Trukikaitis_Postimees, lk 23
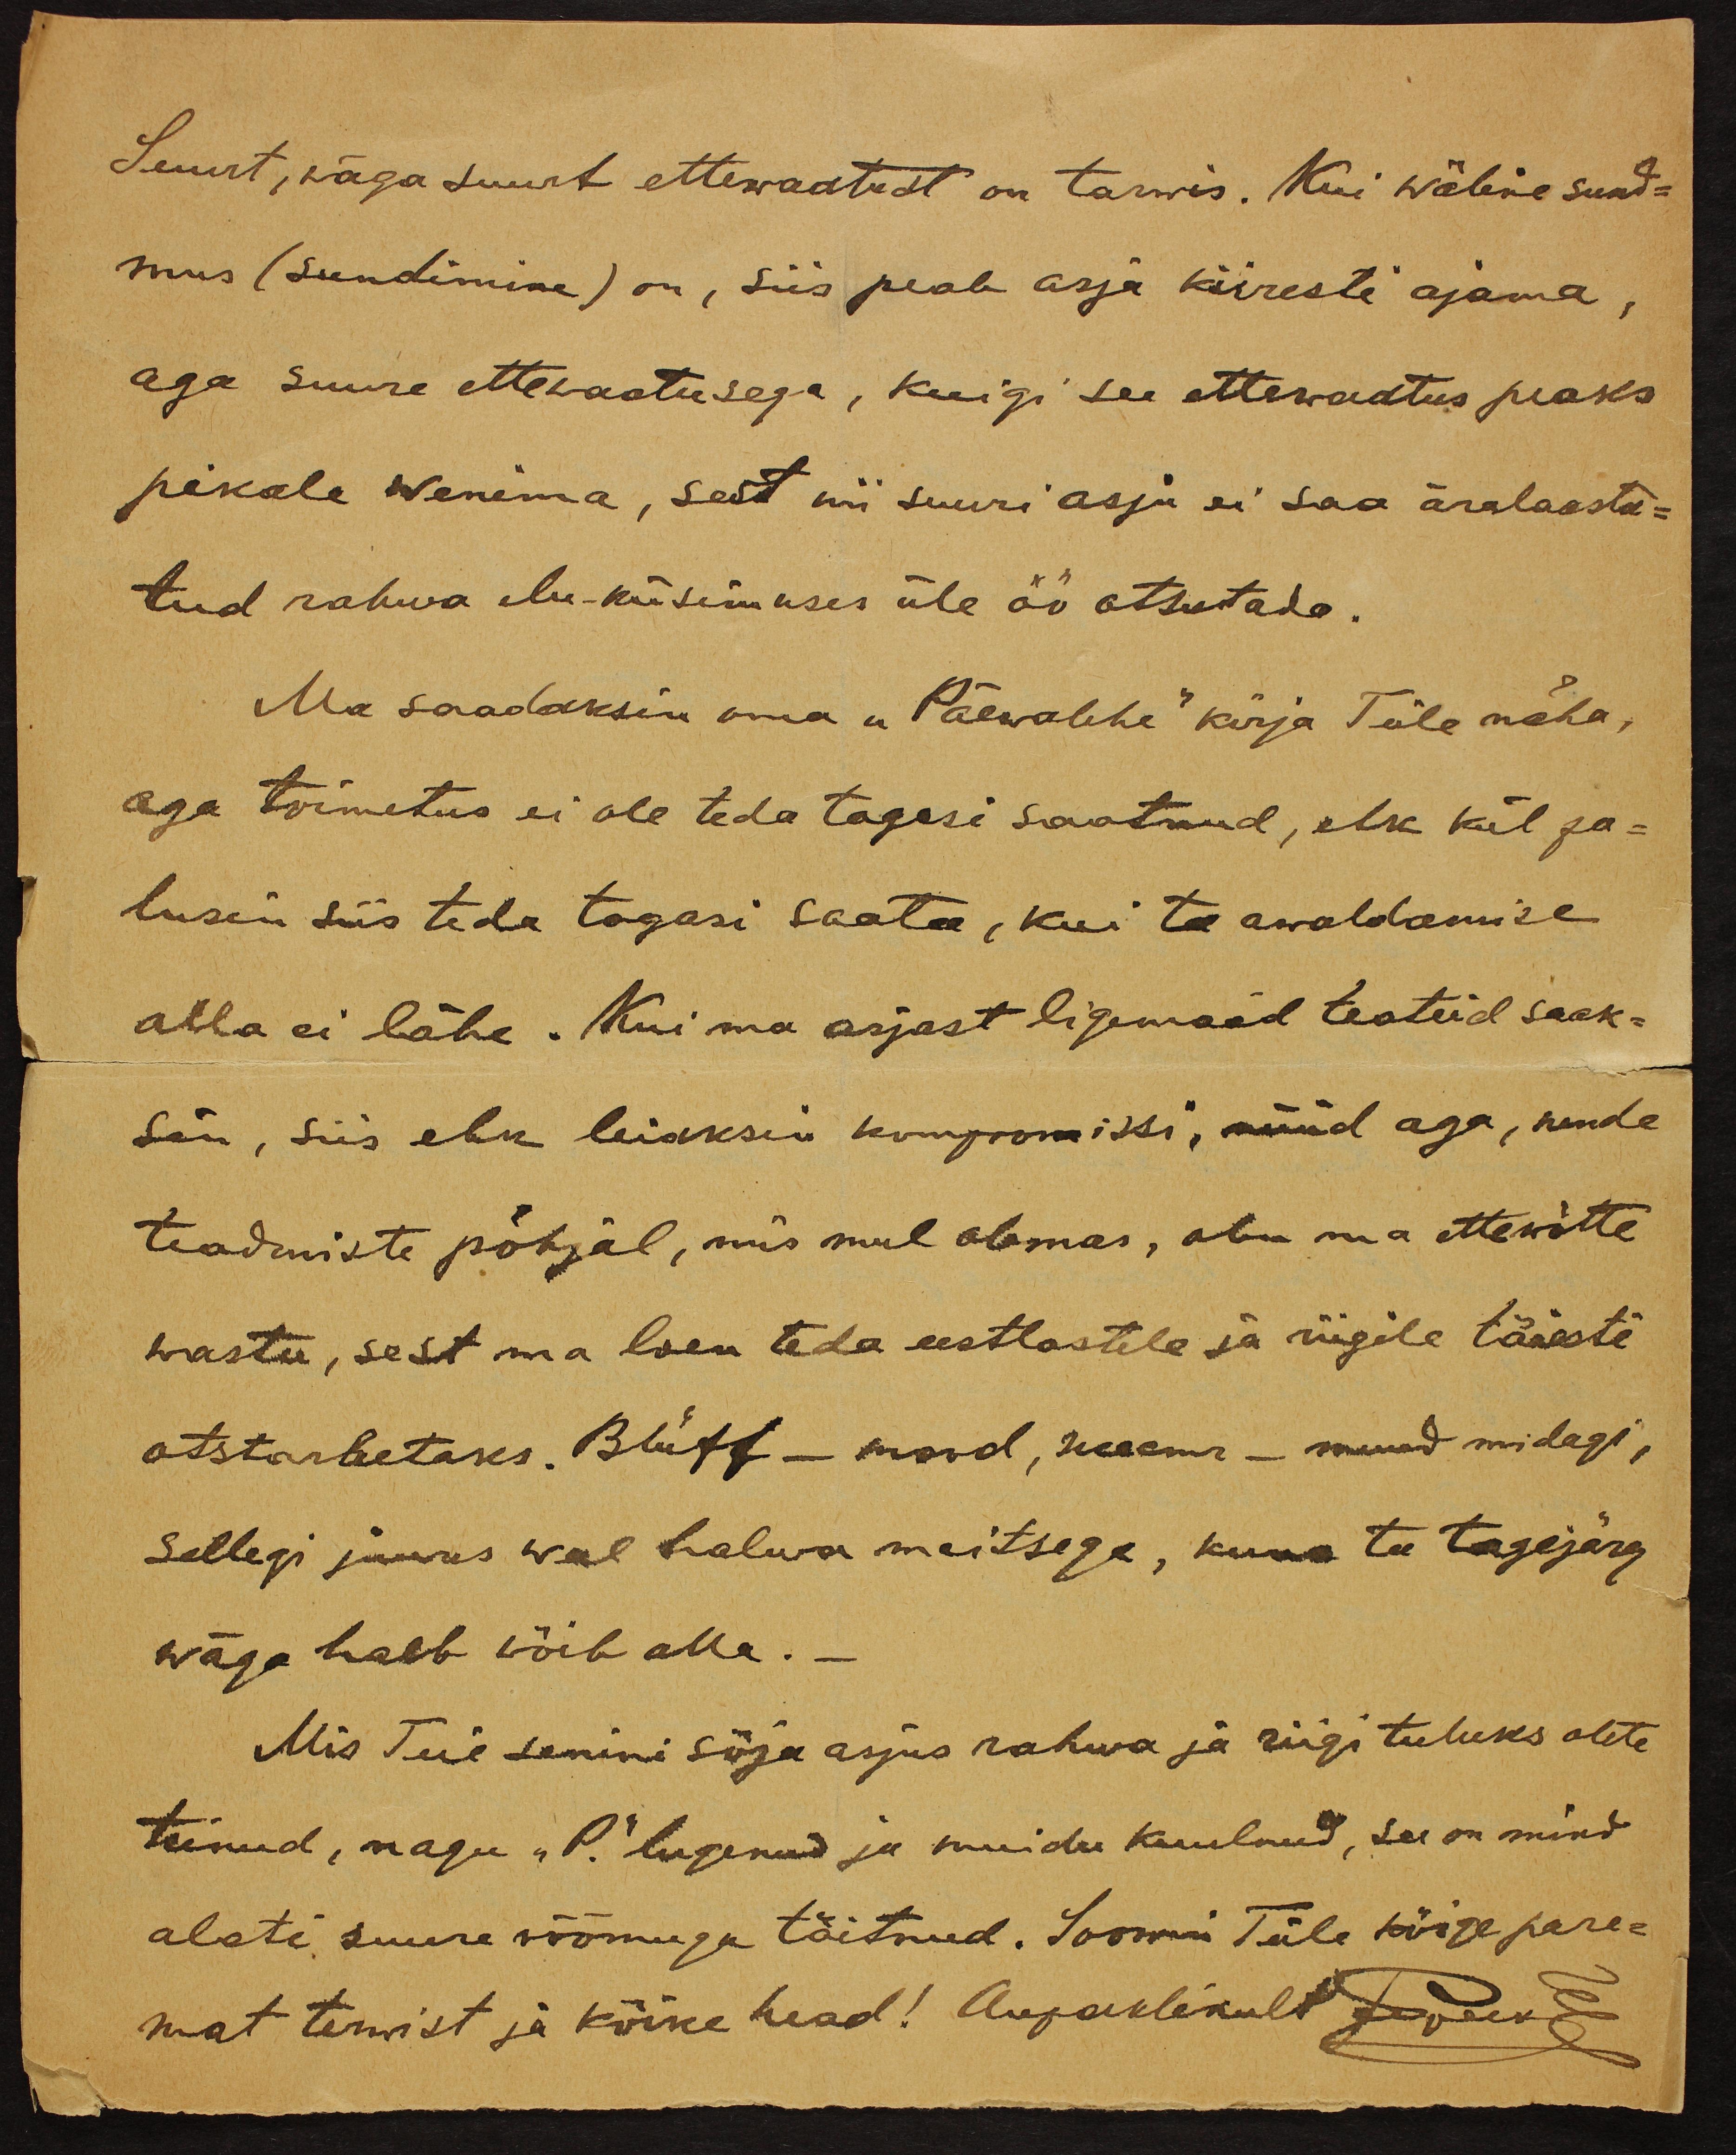
Suurt, wäga suurt ettewaatust on tarwis. Kui wäline sund-
mus (sundimine) on, siis peab asja kiiresti ajama,
aga suure ettewaatusega, kuigi see ettewaatus peaks
pikale wenima, sest nii suuri asju ei saa äralaasta-
tud rahwa elu-küsimuses üle öö otsutada.
Ma saadaksin oma "Päewalehe" kirja Teile näha,
aga toimetus ei ole teda tagasi saatnud, ehk kül pa-
lusin siis teda tagasi saata, kui ta awaldamise
alla ei lähe. Kui ma asjast ligemaid teateid saak-
sin, siis ehk leiaksin kompromissi, nüüd aga, nende
teadmiste põhjal, mis mul olemas, olen ma ettewõtte
wastu, sest ma loen teda eestlastele ja riigile täiesti
otstarbetaks. Blüff - mood, xxx - muud midagi,
Sellegi juures weel halva maitsega, kuna ta tagajärg
wäga halb wõib olla.
Mis Teie senini sõja asjus rahwa ja riigi tuluks olete
teinud, nagu "P" lugenud ja muidu kuulnud, see on mind
alati suure rõõmuga täitnud. Soowin Teile kõige pare-
mat terwist ja kõike head! Aupaklikult jooked